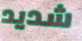
شديد